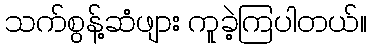
သက်စွန့်ဆံဖျား ကူခဲ့ကြပါတယ်။